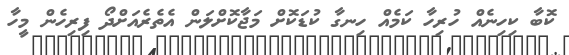
ކޮބާ ކިހިނެއް ހުރިހާ ކަމެއް ހިނގާ ކުޑަކޮށް މަޖާކޮށްލަން އެތެރެއަށްދޯ ފިރިހެން މީހާ